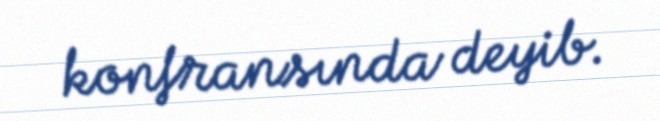
konfransında deyib.